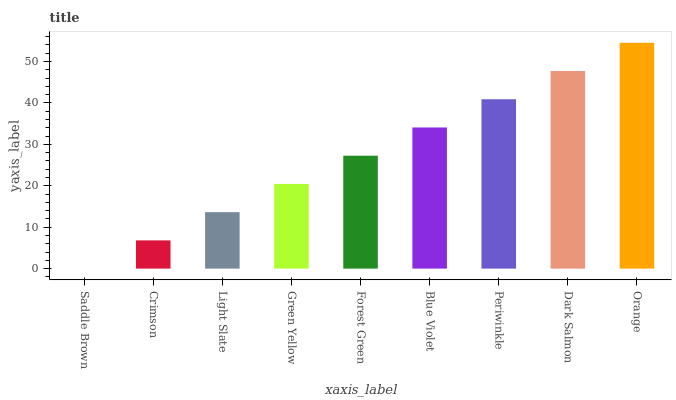
| xaxis_label | bars |
 | --- | --- |
 | Saddle Brown | 0 |
 | Crimson | 6.82 |
 | Light Slate | 13.6 |
 | Green Yellow | 20.4 |
 | Forest Green | 27.3 |
 | Blue Violet | 34.1 |
 | Periwinkle | 40.9 |
 | Dark Salmon | 47.7 |
 | Orange | 54.5 |